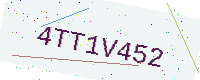
Text: 4TT1V452